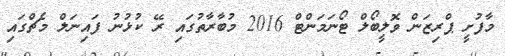
މާފުށީ ޕްރިޒަން ވޮލީބޯލް ޓޯނަމަންޓް 2016 މުބާރާތުގައި ރޭ ކުޅުނު ފައިނަލް މެޗްގައި